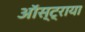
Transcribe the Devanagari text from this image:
ऑस्ट्राया